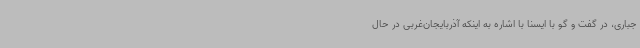
جباری، در گفت و گو با ایسنا با اشاره به اینکه آذربایجان‌غربی در حال